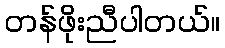
တန်ဖိုးညီပါတယ်။